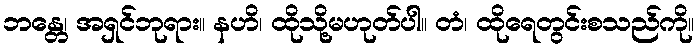
ဘန္တေ၊ အရှင်ဘုရား။ နဟိ၊ ထိုသို့မဟုတ်ပါ။ တံ၊ ထိုရေတွင်းစသည်ကို။